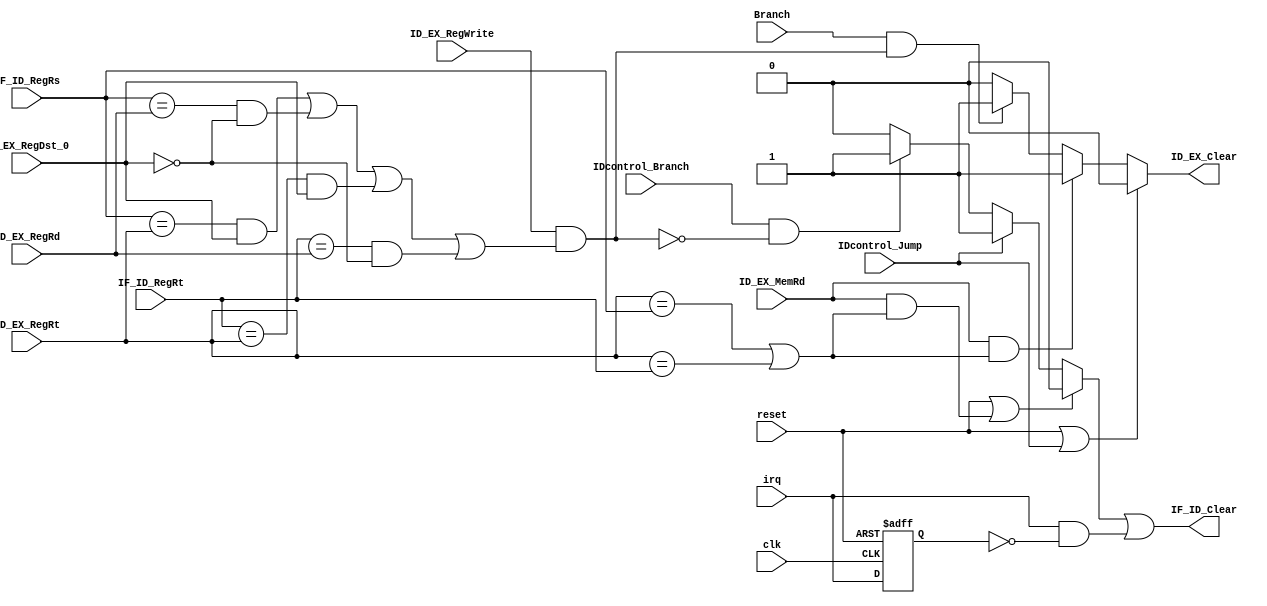
/*
load-and-use stall
jump stall
beq stall 
reg-beq stall
*/

module Hazard_Unit(
  input reset,
  input clk,
  input Branch,
  input ID_EX_MemRd,
  input [4:0]ID_EX_RegRt,
  input [4:0]ID_EX_RegRd,
  input ID_EX_RegWrite,
  input ID_EX_RegDst_0,
  input [4:0]IF_ID_RegRs,
  input [4:0]IF_ID_RegRt,
  input IDcontrol_Branch,
  input IDcontrol_Jump,  
  input irq,

  output  ID_EX_Clear, // 1ID_EX
  output  IF_ID_Clear  // 1IF/ID
);

wire IF_ID_Clear_temp;
wire irq_flush,cur_irq;
reg pre_irq;

assign ID_EX_Clear=(reset | (IDcontrol_Jump)) ? 0:
(ID_EX_MemRd & ( (ID_EX_RegRt==IF_ID_RegRs) || (ID_EX_RegRt==IF_ID_RegRt) ) ) ? 1: //load-use
(Branch  & (ID_EX_RegWrite && (//reg-branch
         ((IF_ID_RegRs==ID_EX_RegRt) &&  ID_EX_RegDst_0) || 
         ((IF_ID_RegRs==ID_EX_RegRd) && ~ID_EX_RegDst_0) || 
         ((IF_ID_RegRt==ID_EX_RegRt) &&  ID_EX_RegDst_0) || 
         ((IF_ID_RegRt==ID_EX_RegRd) && ~ID_EX_RegDst_0) ) 
         ) ) ? 1:0;
                  
assign IF_ID_Clear_temp=(reset | (ID_EX_MemRd && ( (ID_EX_RegRt==IF_ID_RegRs) || (ID_EX_RegRt==IF_ID_RegRt) ) )) ? 0:
(IDcontrol_Jump) ? 1://jump
( (IDcontrol_Branch) & ~(ID_EX_RegWrite && (//branch
         ((IF_ID_RegRs==ID_EX_RegRt) &&  ID_EX_RegDst_0) || 
         ((IF_ID_RegRs==ID_EX_RegRd) && ~ID_EX_RegDst_0) || 
         ((IF_ID_RegRt==ID_EX_RegRt) &&  ID_EX_RegDst_0) || 
         ((IF_ID_RegRt==ID_EX_RegRd) && ~ID_EX_RegDst_0) ) 
         ) ) ? 1:0;

assign cur_irq = irq;

assign irq_flush = (cur_irq && ~pre_irq);

assign IF_ID_Clear = IF_ID_Clear_temp || irq_flush;

always @(posedge clk or posedge reset) begin
  if(reset)  begin
    pre_irq <= 0;
  end
  else begin
    pre_irq <= cur_irq;  
  end
end

endmodule